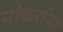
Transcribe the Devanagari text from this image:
नोकरांना